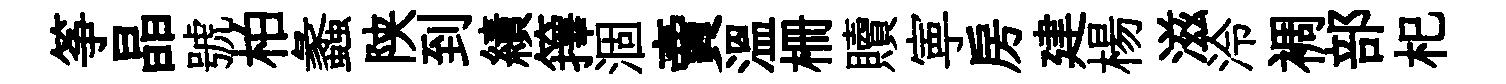
筝晶號柏蠡陕到績籜涸賣温栅贖寕房建楊滋泠裯部𣏌